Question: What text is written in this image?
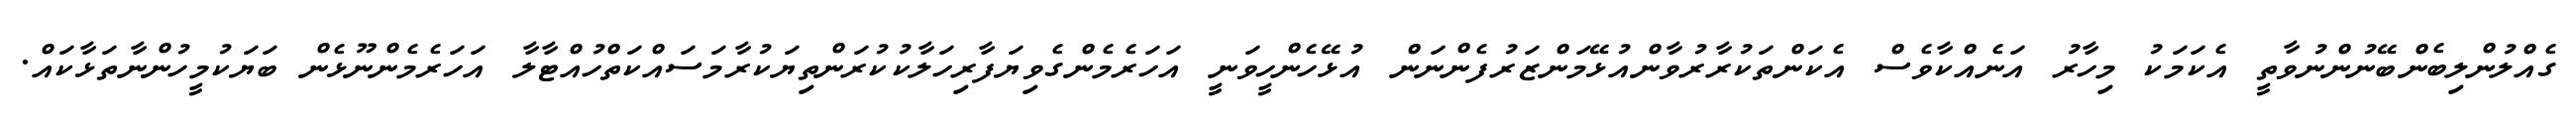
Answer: ގެއްލުންލިބެންބޭނުންނުވާތީ އެކަމަކު މިހާރު އަނެއްކާވެސް އެކަންތަކުރާރުވާންއުޅޭމަންޒަރުފެންނަން އުޅޭހެންހީވަނީ އަހަރެމެންގެވިޔަފާރިހަލާކުކުރަންތިޔަކުރާމަސައްކަތްހުއްޓާލާ އަހަރެމެންނޫޅެން ބަޔަކުމީހުންނާތަޅާކައް.